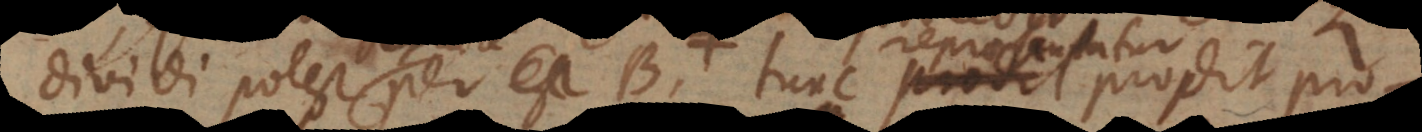
dividi potest per B, tunc prodit prodit str.